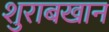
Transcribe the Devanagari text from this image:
शुराबखान